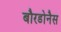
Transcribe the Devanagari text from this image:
बौरडोनैस